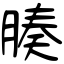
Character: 腠